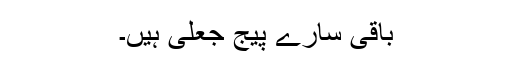
باقی سارے پیج جعلی ہیں۔